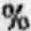
%